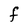
Character: F